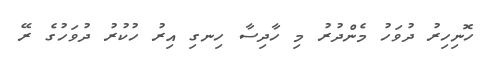
ހޮނިހިރު ދުވަހު މެންދުރު މި ހާދިސާ ހިނގި އިރު ހުކުރު ދުވަހުގެ ރޭ